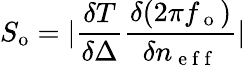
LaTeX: S_{\mathrm{o}}=|\frac{\delta T}{\delta\Delta}\frac{\delta(2\pi f_{\mathrm{~o~}})}{\delta n_{\mathrm{~e~f~f~}}}|